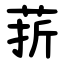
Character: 䓆